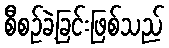
စီစဉ်ခဲ့ခြင်းဖြစ်သည်